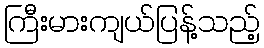
ကြီးမားကျယ်ပြန့်သည့်